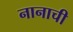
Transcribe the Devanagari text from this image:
नानाची